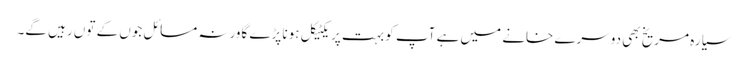
سیارہ مریخ بھی دوسرے خانے میں ہے آپ کو بہت پریکٹیکل ہونا پڑے گاورنہ مسائل جوں کے توں رہیں گے۔